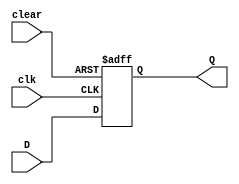
module DFF_async_clear (
    input wire D,
    input wire clk,
    input wire clear,
    output reg Q
);

always @(posedge clk or posedge clear)
begin
    if (clear)
        Q <= 1'b0;
    else
        Q <= D;
end

endmodule